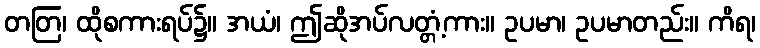
တတြ၊ ထိုစကားရပ်၌။ အယံ၊ ဤဆိုအပ်လတ္တံ့ကား။ ဥပမာ၊ ဥပမာတည်း။ ကိရ၊